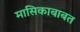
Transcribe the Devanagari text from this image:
मासिकाबाबत